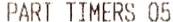
PART TIMERS 05